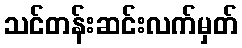
သင်တန်းဆင်းလက်မှတ်